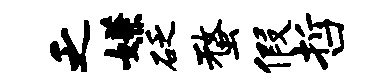
乏嫌砭蝥假哲